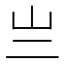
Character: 亗